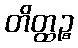
တိတ္ထဉ္စ